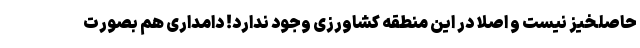
حاصلخیز نیست و اصلا در این منطقه کشاورزی وجود ندارد! دامداری هم بصورت